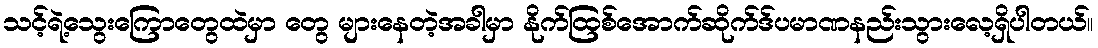
သင့်ရဲ့သွေးကြောတွေထဲမှာ တွေ များနေတဲ့အခါမှာ နိုက်ထြစ်အောက်ဆိုက်ဒ်ပမာဏနည်းသွားလေ့ရှိပါတယ်။